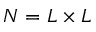
N = L \times L